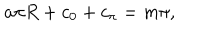
a \pi R + c _ { 0 } + c _ { \pi } = m \pi ,